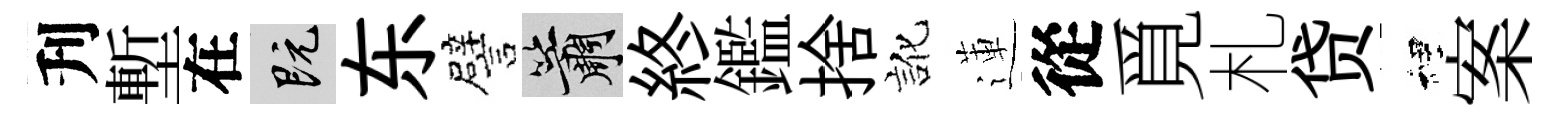
刋塹在既东譬簫終鑑捨訛蓮從覓札贷裡案